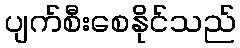
ပျက်စီးစေနိုင်သည်